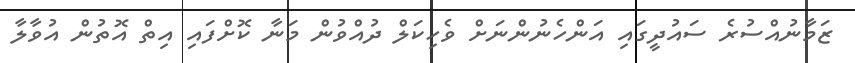
ޒަމާނުއްސުރެ ސައުދީގައި އަންހެނުންނަށް ވެހިކަލް ދުއްވުން މަނާ ކޮށްފައި އިތް އޮތުން އުވާލާ